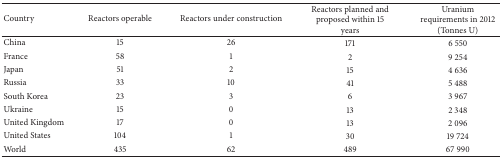
| Country | Reactors operable | Reactors under construction | Reactors planned and proposed within 15 years | Uranium requirements in 2012 (Tonnes U) |
 | --- | --- | --- | --- | --- |
 | China | 15 | 26 | 171 | 6 550 |
 | France | 58 | 1 | 2 | 9 254 |
 | Japan | 51 | 2 | 15 | 4 636 |
 | Russia | 33 | 10 | 41 | 5 488 |
 | South Korea | 23 | 3 | 6 | 3 967 |
 | Ukraine | 15 | 0 | 13 | 2 348 |
 | United Kingdom | 17 | 0 | 13 | 2 096 |
 | United States | 104 | 1 | 30 | 19 724 |
 | World | 435 | 62 | 489 | 67 990 |